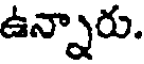
ఉన్నారు.